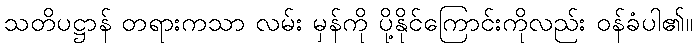
သတိပဋ္ဌာန် တရားကသာ လမ်း မှန်ကို ပို့နိုင်ကြောင်းကိုလည်း ဝန်ခံပါ၏။